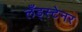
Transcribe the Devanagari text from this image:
लँड्स्टेनर